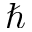
\hbar